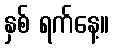
နှစ် ရက်နေ့။